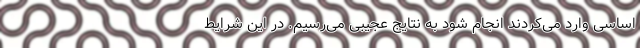
اساسی وارد می‌کردند انجام شود به نتایج عجیبی می‌رسیم. در این شرایط